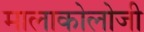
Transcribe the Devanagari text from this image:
मालाकोलोजी